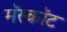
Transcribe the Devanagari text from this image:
मॅस्कॉट